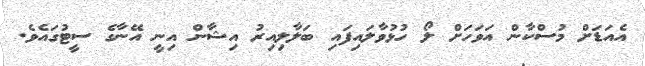
އެއަޑަށް މުސްކާން އަވަހަށް ލޯ ހުޅުވާލައިފައި ބަލާލިއިރު އިޝާން އިނީ އޭނާގެ ސީޓުގައެވެ.